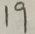
1 9